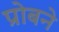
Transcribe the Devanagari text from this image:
प्रोबने